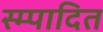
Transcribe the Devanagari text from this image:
स्म्पादित